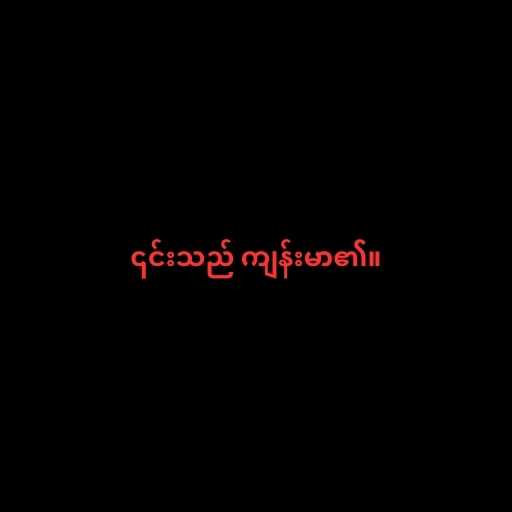
၎င်းသည် ကျန်းမာ၏။